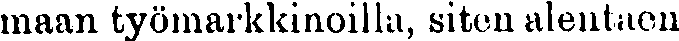
maan työmarkkinoilla, siten alentaen